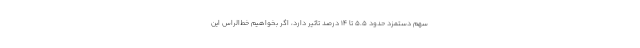
سهم دستمزد حدود ۵.۵ تا ۱۴ درصد تاثیر دارد، اگر بخواهیم خط‌الراس این